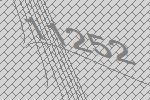
11252